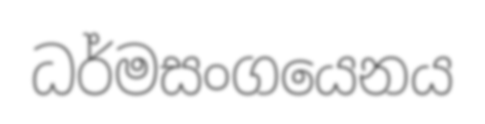
ධර්මසංගයෙනය